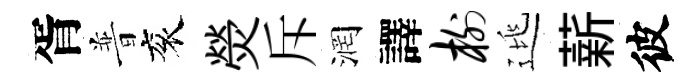
胥普衮熒斥润譯榭逃薪彼